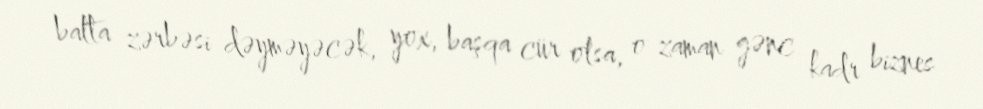
balta zərbəsi dəyməyəcək, yox, başqa cür olsa, o zaman gənc kadr biznes